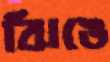
ঝিঙে